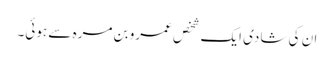
ان کی شادی ایک شخص عمرو بن مرہ سے ہوئی۔